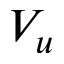
V _ { u }